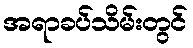
အရာခပ်သိမ်းတွင်